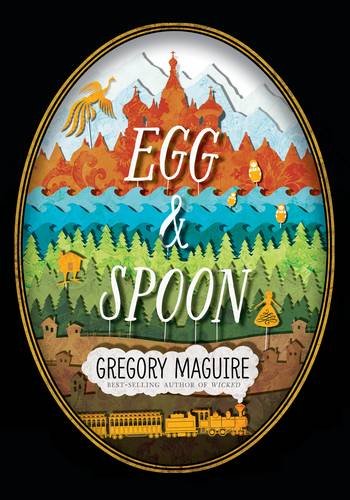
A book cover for Egg and Spoon; Gregory Maguire; Teen & Young Adult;